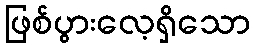
ဖြစ်ပွားလေ့ရှိသော